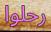
رحلوا